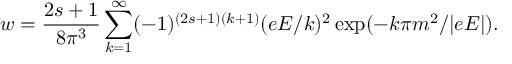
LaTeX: w = { \frac { 2 s + 1 } { 8 \pi ^ { 3 } } } \sum _ { k = 1 } ^ { \infty } ( - 1 ) ^ { ( 2 s + 1 ) ( k + 1 ) } ( e E / k ) ^ { 2 } \exp ( - k \pi m ^ { 2 } / | e E | ) .